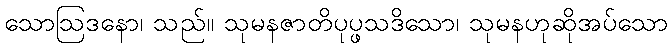
သောဩဒနော၊ သည်။ သုမနဇာတိပုပ္ဖသဒိသော၊ သုမနဟုဆိုအပ်သော